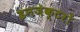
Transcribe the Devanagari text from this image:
इनजेक्टरों